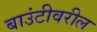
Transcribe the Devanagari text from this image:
बाउंटीवरील